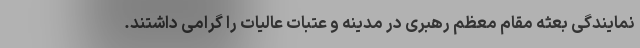
نمایندگی بعثه مقام معظم رهبری در مدینه و عتبات عالیات را گرامی داشتند.